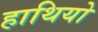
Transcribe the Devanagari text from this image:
हाथियो